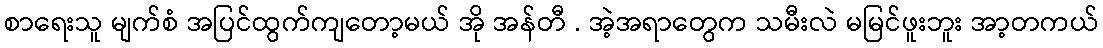
စာရေးသူ မျက်စံ အပြင်ထွက်ကျတော့မယ် အို အန်တီ . အဲ့အရာတွေက သမီးလဲ မမြင်ဖူးဘူး အာ့တကယ်